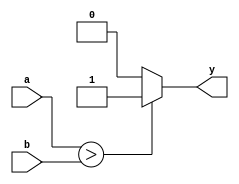
module simple_assign_example (
    input a,
    input b,
    output reg y
);

always @(*) begin
    if(a > b)
        y = 1;
    else
        y = 0;
end

endmodule